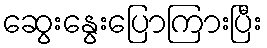
ဆွေးနွေးပြောကြားပြီး